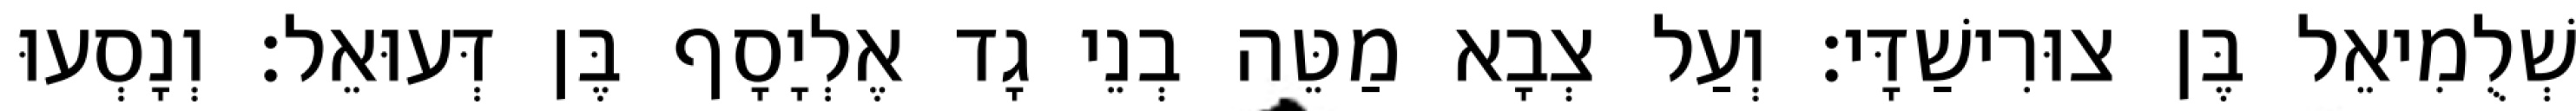
שְׁלֻמִיאֵל בֶּן צוּרִישַׁדָּי׃ וְעַל צְבָא מַטֵּה בְנֵי גָד אֶלְיָסָף בֶּן דְּעוּאֵל׃ וְנָסְעוּ